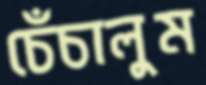
চেঁচালুম